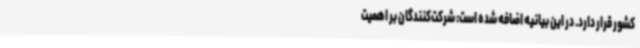
کشور قرار دارد. در این بیانیه اضافه شده است: شرکت‌کنندگان بر اهمیت